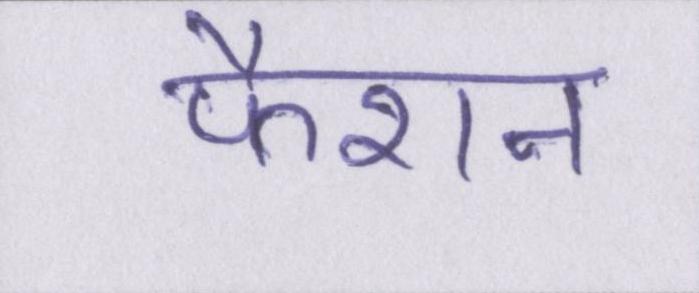
फैशन